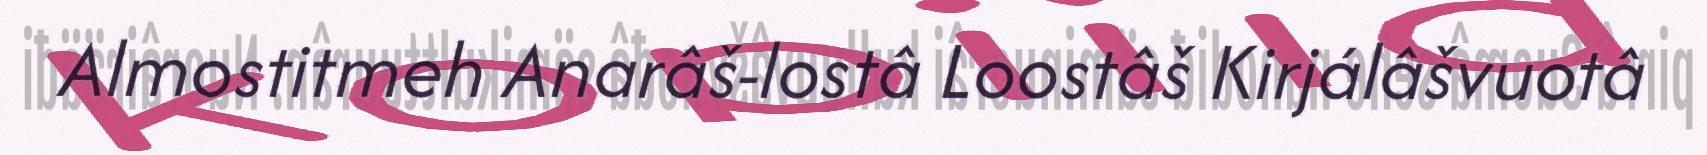
Almostitmeh Anarâš-lostâ Loostâš Kirjálâšvuotâ